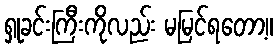
ရှုခင်းကြီးကိုလည်း မမြင်ရတော့။